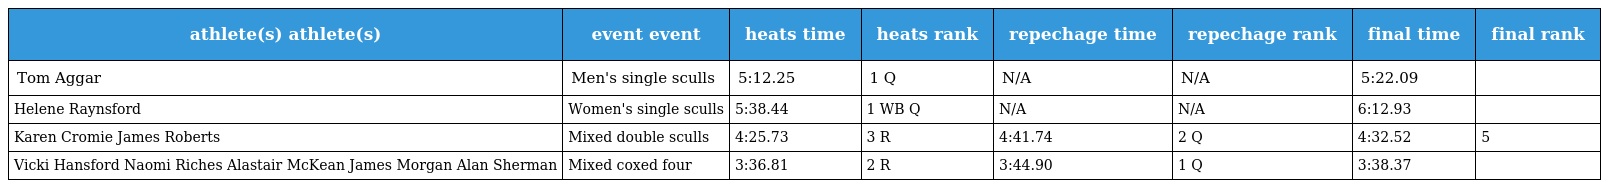
| athlete(s) athlete(s) | event event | heats time | heats rank | repechage time | repechage rank | final time | final rank |
 | --- | --- | --- | --- | --- | --- | --- | --- |
 | Tom Aggar | Men's single sculls | 5:12.25 | 1 Q | N/A | N/A | 5:22.09 |  |
 | Helene Raynsford | Women's single sculls | 5:38.44 | 1 WB Q | N/A | N/A | 6:12.93 |  |
 | Karen Cromie James Roberts | Mixed double sculls | 4:25.73 | 3 R | 4:41.74 | 2 Q | 4:32.52 | 5 |
 | Vicki Hansford Naomi Riches Alastair McKean James Morgan Alan Sherman | Mixed coxed four | 3:36.81 | 2 R | 3:44.90 | 1 Q | 3:38.37 |  |